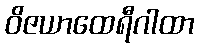
ဝိဇယာထေရီဂါထာ